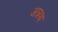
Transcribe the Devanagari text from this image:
अन्नथ